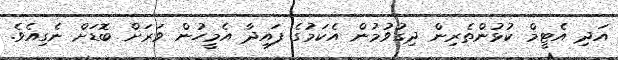
އަދި އެޓީމް ކުޅުންތެރިން ދިގުވުމުން އެކަމުގެ ފައިދާ އެމީހުން ވަރަށް ބޮޑަށް ނެގިއެވެ.